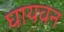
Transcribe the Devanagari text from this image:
घायवन